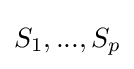
S_{1},...,S_{p}